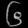
Digit: ၆